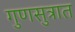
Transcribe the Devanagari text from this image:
गुणसुत्रात